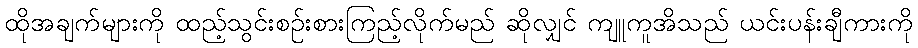
ထိုအချက်များကို ထည့်သွင်းစဉ်းစားကြည့်လိုက်မည် ဆိုလျှင် ကျူကူအိသည် ယင်းပန်းချီကားကို